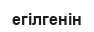
егілгенін